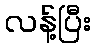
လန့်ပြီး